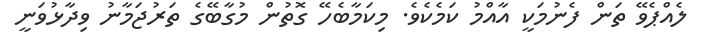
ލެއްޕެވޭ ތަން ފެނުމަކީ އާއްމު ކަމެކެވެ. މިކަމާބެހޭ ގޮތުން މުގާބޭގެ ތަރުޖަމާނު ވިދާޅުވަނީ